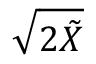
\sqrt { 2 \tilde { X } }